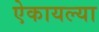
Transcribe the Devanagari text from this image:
ऐकायल्या